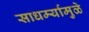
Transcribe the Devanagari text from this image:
साधर्म्यामुळे